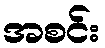
အစင်း